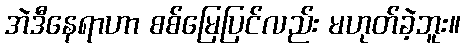
အဲဒီနေရာဟာ စစ်မြေပြင်လည်း မဟုတ်ခဲ့ဘူး။